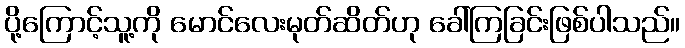
ပို့ကြောင့်သူ့ကို မောင်လေးမုတ်ဆိတ်ဟု ခေါ်ကြခြင်းဖြစ်ပါသည်။